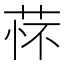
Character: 𬜸